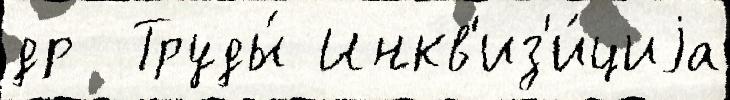
др  Труды́ Инкв'из'и́циjа